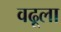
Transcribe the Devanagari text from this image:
वढूला